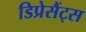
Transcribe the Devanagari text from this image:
डिप्रेसैंट्स